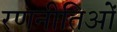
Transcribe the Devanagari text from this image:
रणनीतिओं